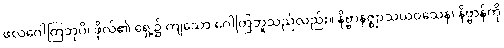
ဖလဂေါတြဘုပိ၊ ဖိုလ်၏ ရှေ့၌ ကျသော ဂေါတြဘူသည်လည်း။ နိဗ္ဗာနဇ္ဈာသယဝသေန၊ နိဗ္ဗာန်ကို